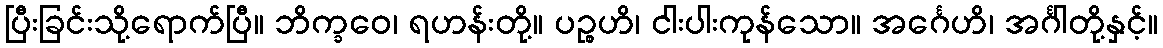
ပြီးခြင်းသို့ရောက်ပြီ။ ဘိက္ခဝေ၊ ရဟန်းတို့။ ပဉ္စဟိ၊ ငါးပါးကုန်သော။ အင်္ဂေဟိ၊ အင်္ဂါတို့နှင့်။